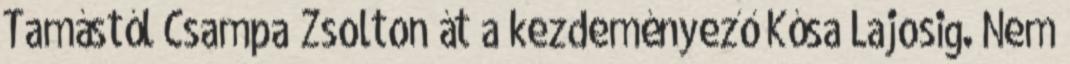
Tamástól Csampa Zsolton át a kezdeményező Kósa Lajosig. Nem